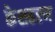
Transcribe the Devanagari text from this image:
केशहरण